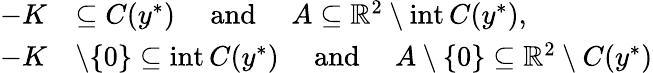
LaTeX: \begin{array}{rl}{-K}&{\subseteq C(y^{*})\quad\mathrm{~and~}\quad A\subseteq\mathbb{R}^{2}\setminus\mathrm{int}\, C(y^{*}),}\\ {-K}&{\setminus\{ 0\} \subseteq\mathrm{int}\, C(y^{*})\quad\mathrm{~and~}\quad A\setminus\{ 0\} \subseteq\mathbb{R}^{2}\setminus C(y^{*})}\end{array}